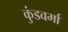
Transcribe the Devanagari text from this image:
कुंडवर्मा